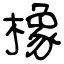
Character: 橡